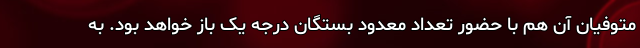
متوفیان آن هم با حضور تعداد معدود بستگان درجه یک باز خواهد بود. به